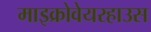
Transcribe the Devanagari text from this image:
माइक्रोवेयरहाउस